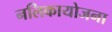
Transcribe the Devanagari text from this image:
नलिकायोजना